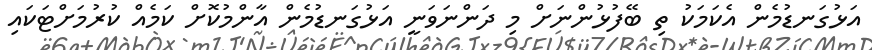
އަޅުގަނޑުމެން އެކަމަކު ތި ބޭފުޅުންނަށް މި ދަންނަވަނީ އަޅުގަނޑުމެން އާންމުކޮށް ކަމެއް ކުރުމަށްޓަކައި